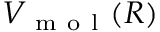
V _ { \mathrm { ~ m ~ o ~ l ~ } } ( R )